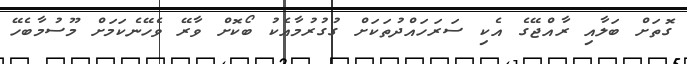
ގޮތަށް ބަލާއި ރާއްޖޭގެ އެކި ސަރަހައްދުތަކަށް ގުގުރުމާއެކު ބޯކޮށް ވާރޭ ވެހޭނެކަމަށް މޫސުމާބެހޭ